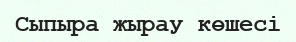
Сыпыра жырау көшесі